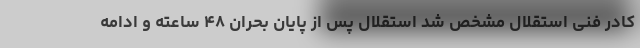
کادر فنی استقلال مشخص شد استقلال پس از پایان بحران ۴۸ ساعته و ادامه